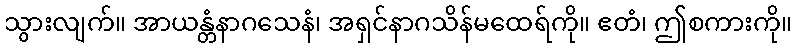
သွားလျက်။ အာယန္တံနာဂသေနံ၊ အရှင်နာဂသိန်မထေရ်ကို။ ဧတံ၊ ဤစကားကို။